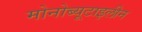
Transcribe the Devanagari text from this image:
मोनोब्यूटाइलीन